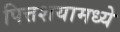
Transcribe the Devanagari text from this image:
पित्तशयामध्ये